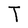
Character: T